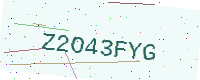
Text: Z2O43FYG